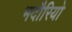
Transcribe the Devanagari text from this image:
भदौरियो